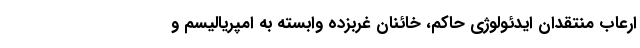
ارعاب منتقدان ایدئولوژی حاکم، خائنان غربزده وابسته به امپریالیسم و